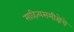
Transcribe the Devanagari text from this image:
साहित्यसमीक्षेचे